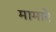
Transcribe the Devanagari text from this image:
मामारे